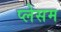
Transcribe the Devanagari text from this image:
प्लेसम